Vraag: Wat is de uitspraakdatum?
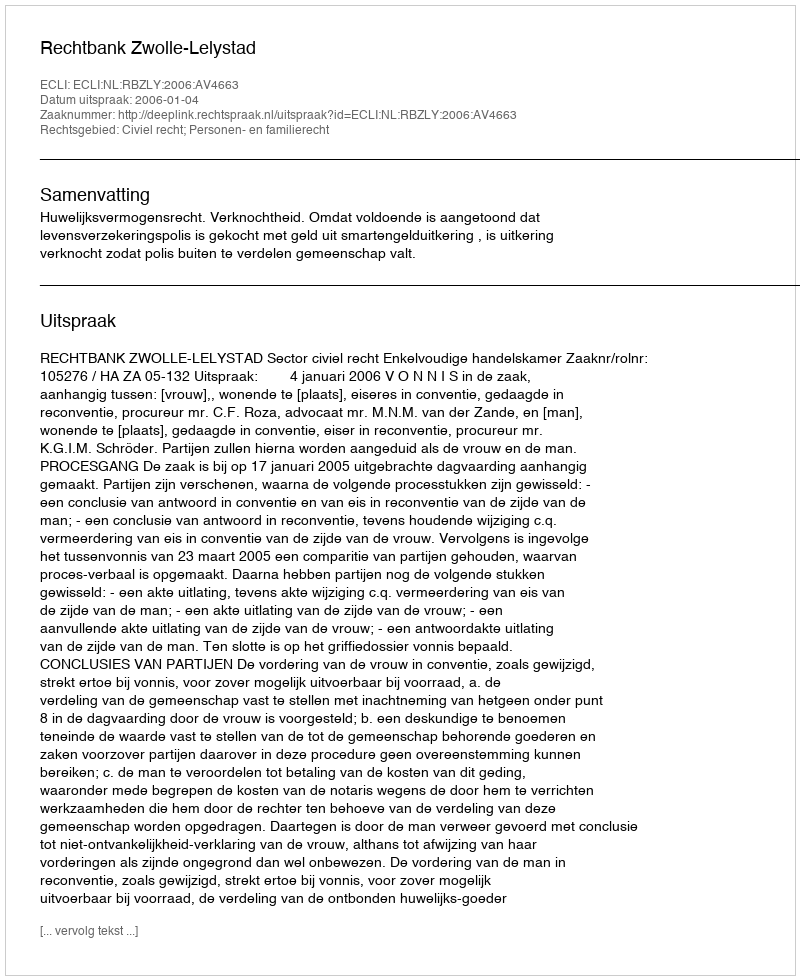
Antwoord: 2006-01-04